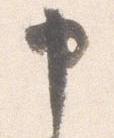
申